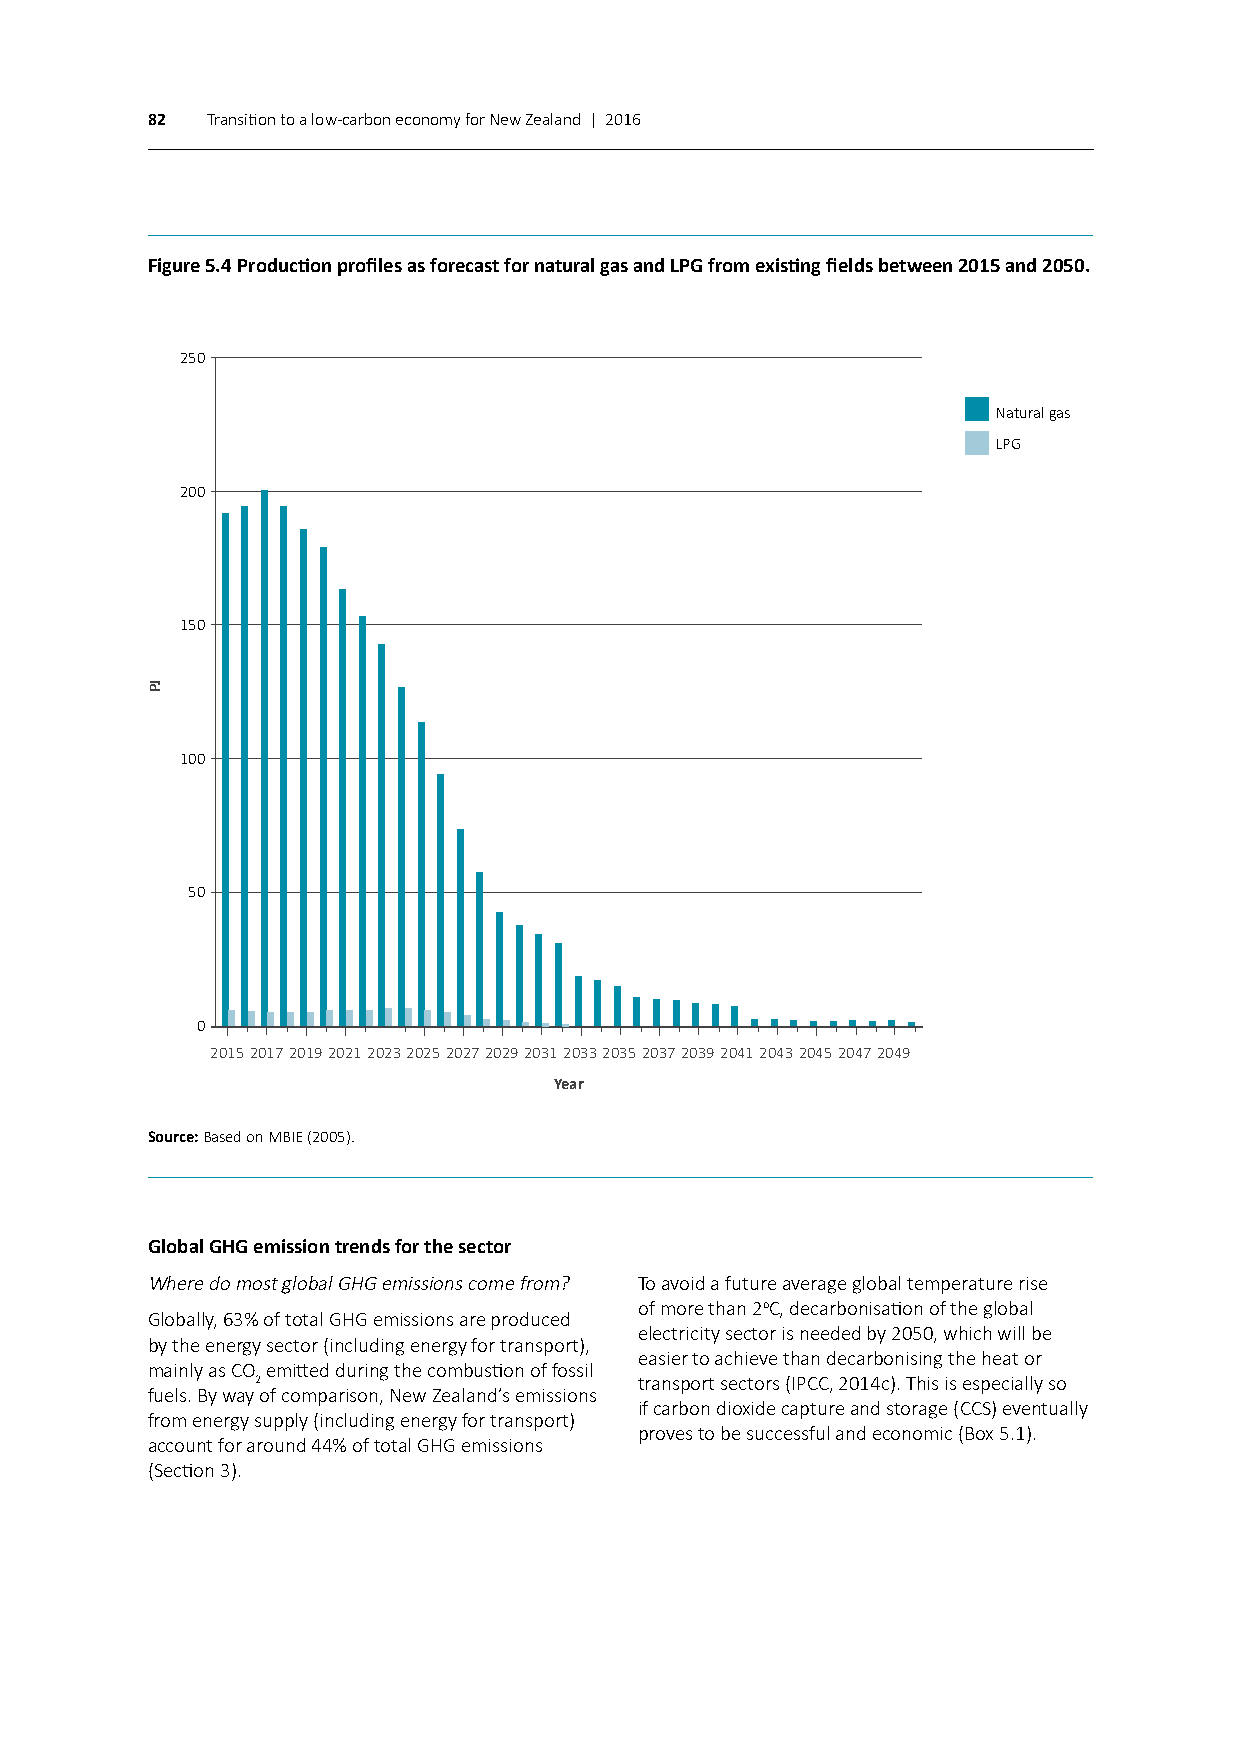
82  Transition to a low-carbon economy for New Zealand | 2016
 Figure 5.4 Production profiles as forecast for natural gas and LPG from existing fields between 2015 and 2050.
 250
 Natural gas
 LPG
 200
 150
 100
 50
 0
 2015 2017 2019 2021 2023 2025 2027 2029 2031 2033 2035 2037 2039 2041 2043 2045 2047 2049
 Year
 Source: Based on MBIE (2005).
 Global GHG emission trends for the sector
 Where do most global GHG emissions come from? To avoid a future average global temperature rise
 of more than 2oC, decarbonisation of the global
 Globally, 63% of total GHG emissions are produced
 electricity sector is needed by 2050, which will be
 by the energy sector (including energy for transport),
 easier to achieve than decarbonising the heat or
 mainly as CO emitted during the combustion of fossil
 2                        transport sectors (IPCC, 2014c). This is especially so
 fuels. By way of comparison, New Zealand’s emissions
 if carbon dioxide capture and storage (CCS) eventually
 from energy supply (including energy for transport)
 proves to be successful and economic (Box 5.1).
 account for around 44% of total GHG emissions
 (Section 3).
 JP